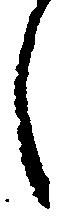
し